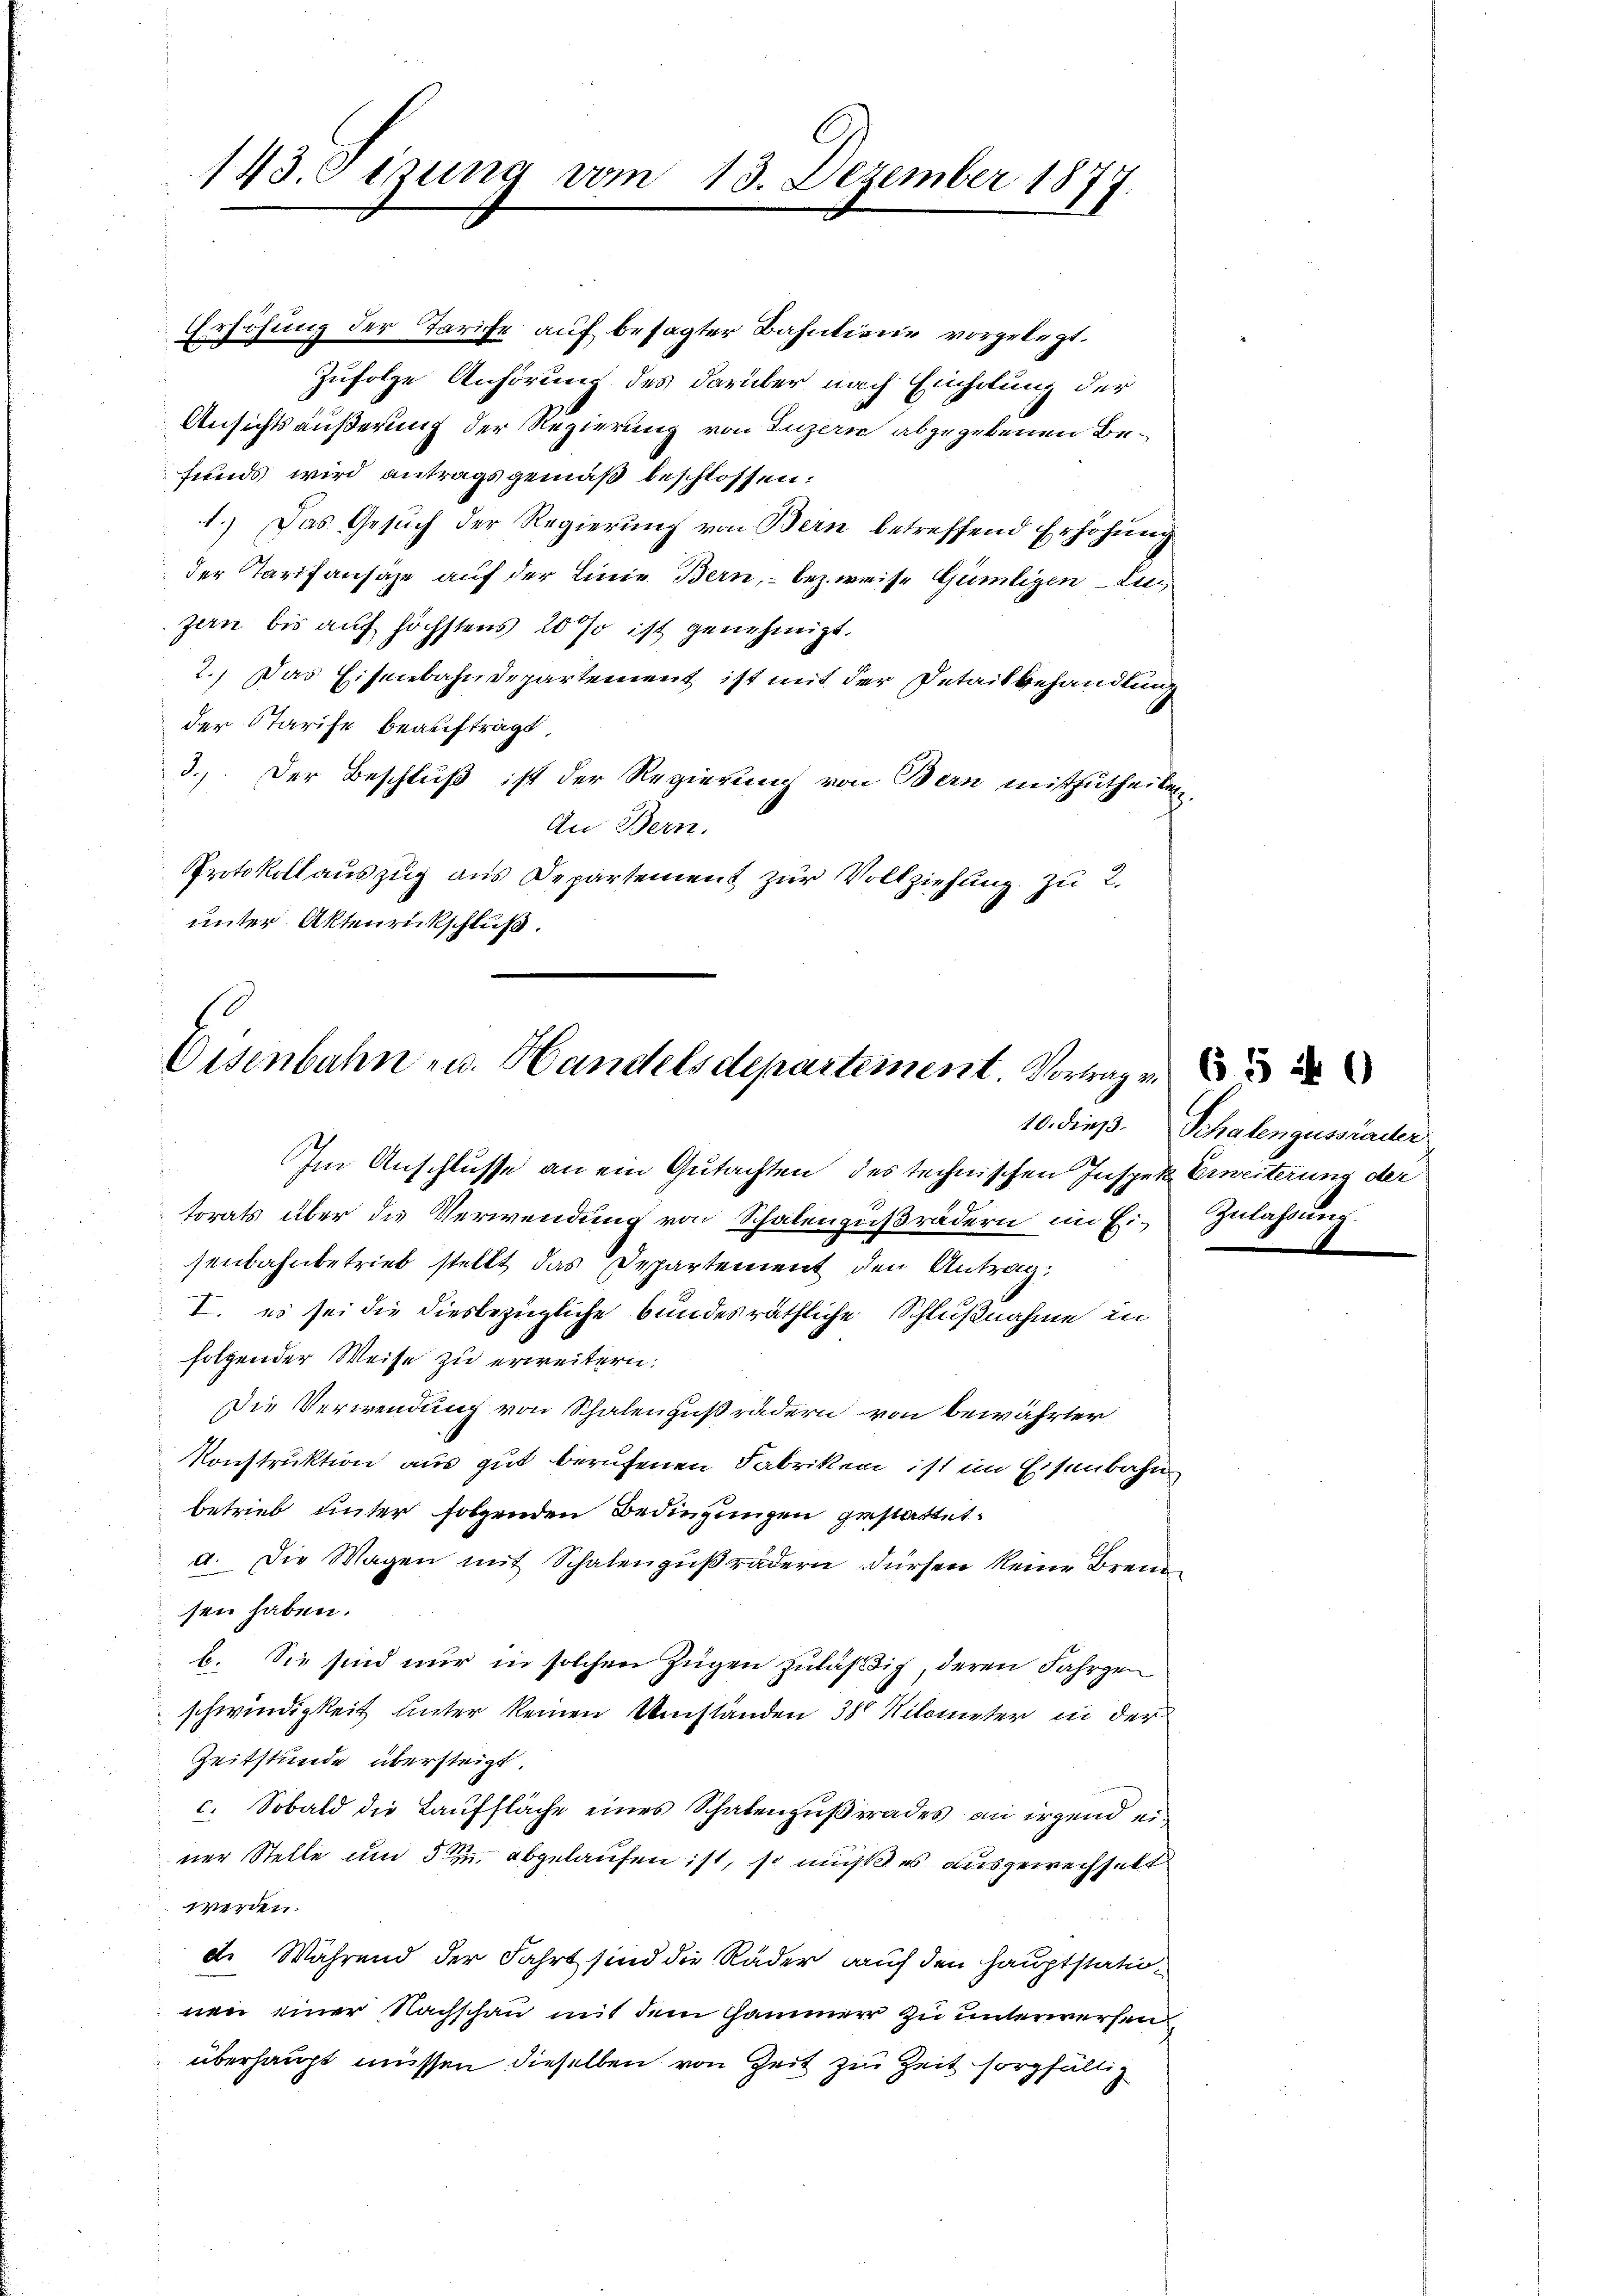
143. Sizung vom 13. Dezember 1877.

Erhöhung der Tarife auf besagter Bahntiene vorgelegt.
Zufolge Anhörung des darüber nach Einholung der
Ansichtsäußerung der Regierung von Luzern abgegebenen Befunds wird antragsgemäß beschlossen:
1.) Das Gesuch der Regierung von Bern betreffend Erhöhung
der Tarifansähe auf der Linie Bern, – bezweise Gümligen Luzen bis auf höchstens 20% ist genehmigt.
2.) Das Eisenbahndepartement ist mit der Detailbehandlung
der Starife beauftragt,
3.) Der Beschluß ist der Regierung von Bern mitzutheilen.
An Bern.
Protokoll auszug aus Departement zur Vollziehung zu 2.
unter Aktenrückschluß.

Oisenbahn u. Handelsdepartement. Vortrag v.

Im Anschlusse an ein Gutachten des technischen Inspek. Erweiterung der
torats über die Verwendung von Schalengußrädern im Ei-Zulaßung
senbahnbetrieb stellt das Departement den Antrag:
I. es sei die diesbezügliche bundesräthliche Schlußnahme in
folgender Weise zu erweitern.
Die Verwendung von Schalengußrädern von bewährter
Konstruktion aus gut berufenen Fabriken ist im Eisenbahn
betrieb unter folgenden Bedingungen gestattet.
a. Die Wagen mit Schalengŭβrädern dürfen keine Brensen haben.
b. Sie sind nur in solchen Zügen zuläßig, deren Fahrgen
schwindigkeit unter keinen Umständen 30 Kilometer in der
Zeitstunde übersteigt.
c. Sobald die Lauffläche eines Schatengußerades an irgend einer Stelle um 5 abgelaufen ist, so muß es ausgewechselt
werden.
d. Während der Fahrt sind die Räder auf den Hauptstationen einer Nachschau mit dem Hammer zu unterwerfen,
überhaupt müssen dieselben von Zeit zur Zeit sorgfältig

10. dieß. Schalengussärder